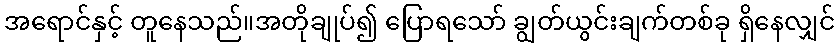
အရောင်နှင့် တူနေသည်။အတိုချုပ်၍ ပြောရသော် ချွတ်ယွင်းချက်တစ်ခု ရှိနေလျှင်